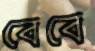
বেবে